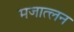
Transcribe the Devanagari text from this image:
मजात्लन